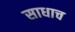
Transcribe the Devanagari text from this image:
साधाच